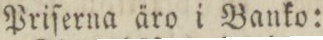
Priſerna äro i Banko: